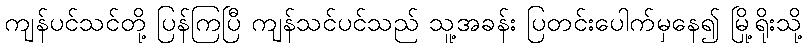
ကျန်ပင်သင်တို့ ပြန်ကြပြီ ကျန်သင်ပင်သည် သူ့အခန်း ပြတင်းပေါက်မှနေ၍ မြို့ရိုးသို့